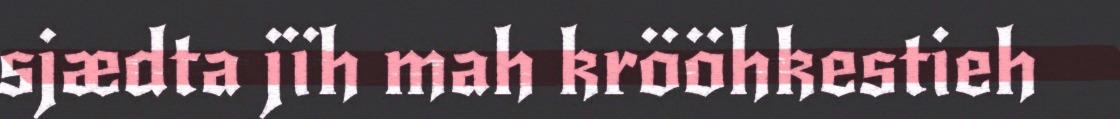
sjædta jïh mah krööhkestieh